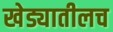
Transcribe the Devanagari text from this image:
खेड्यातीलच